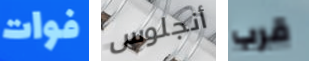
فوات أنجلوس قرب